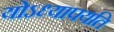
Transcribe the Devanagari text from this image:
योऽध्यापयति